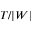
T / | W |